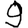
Digit: 9